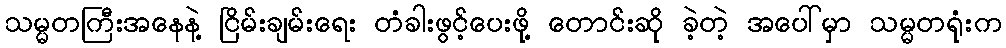
သမ္မတကြီးအနေနဲ့ ငြိမ်းချမ်းရေး တံခါးဖွင့်ပေးဖို့ တောင်းဆို ခဲ့တဲ့ အပေါ်မှာ သမ္မတရုံးက